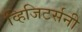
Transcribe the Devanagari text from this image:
व्हिजिटर्सनी